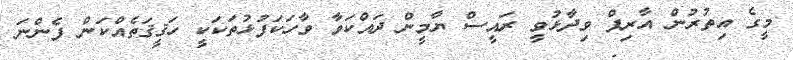
މީގެ އިތުރުން އާރިފް ވިދާޅުވީ ރައީސް ޔާމީން ދައްކަވާ ވާހަކަފުޅުތަކަކީ ހަޤީޤަތެއްކަން ފެންނަ